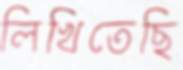
লিখিতেছি